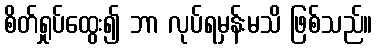
စိတ်ရှုပ်ထွေး၍ ဘာ လုပ်ရမှန်းမသိ ဖြစ်သည်။